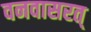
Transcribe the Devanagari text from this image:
वनवासरत्